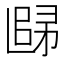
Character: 𲉒